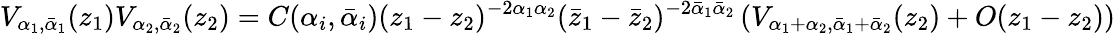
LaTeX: V_{\alpha_{1},{\bar{\alpha}}_{1}}(z_{1})V_{\alpha_{2},{\bar{\alpha}}_{2}}(z_{2})=C(\alpha_{i},{\bar{\alpha}}_{i})(z_{1}-z_{2})^{-2\alpha_{1}\alpha_{2}}({\bar{z}}_{1}-{\bar{z}}_{2})^{-2{\bar{\alpha}}_{1}{\bar{\alpha}}_{2}}\left(V_{\alpha_{1}+\alpha_{2},{\bar{\alpha}}_{1}+{\bar{\alpha}}_{2}}(z_{2})+O(z_{1}-z_{2})\right)